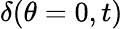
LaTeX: \delta(\theta=0,t)